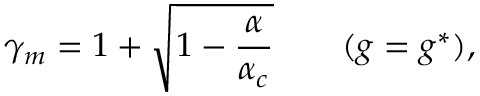
\gamma _ { m } = 1 + \sqrt { 1 - \frac { \alpha } { \alpha _ { c } } } \qquad ( g = g ^ { * } ) ,